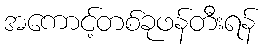
အကောင့်တစ်ခုဖန်တီးရန်